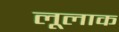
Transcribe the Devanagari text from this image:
लूलाक